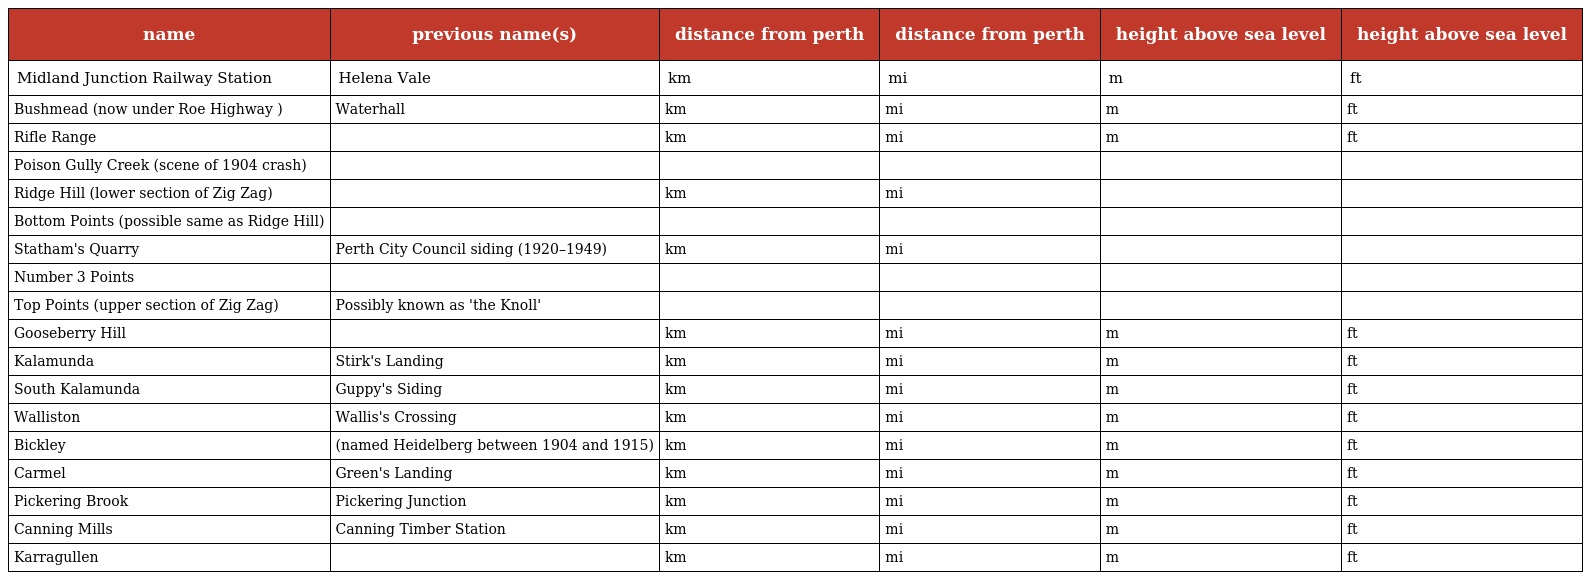
| name | previous name(s) | distance from perth | distance from perth | height above sea level | height above sea level |
 | --- | --- | --- | --- | --- | --- |
 | Midland Junction Railway Station | Helena Vale | km | mi | m | ft |
 | Bushmead (now under Roe Highway ) | Waterhall | km | mi | m | ft |
 | Rifle Range |  | km | mi | m | ft |
 | Poison Gully Creek (scene of 1904 crash) |  |  |  |  |  |
 | Ridge Hill (lower section of Zig Zag) |  | km | mi |  |  |
 | Bottom Points (possible same as Ridge Hill) |  |  |  |  |  |
 | Statham's Quarry | Perth City Council siding (1920–1949) | km | mi |  |  |
 | Number 3 Points |  |  |  |  |  |
 | Top Points (upper section of Zig Zag) | Possibly known as 'the Knoll' |  |  |  |  |
 | Gooseberry Hill |  | km | mi | m | ft |
 | Kalamunda | Stirk's Landing | km | mi | m | ft |
 | South Kalamunda | Guppy's Siding | km | mi | m | ft |
 | Walliston | Wallis's Crossing | km | mi | m | ft |
 | Bickley | (named Heidelberg between 1904 and 1915) | km | mi | m | ft |
 | Carmel | Green's Landing | km | mi | m | ft |
 | Pickering Brook | Pickering Junction | km | mi | m | ft |
 | Canning Mills | Canning Timber Station | km | mi | m | ft |
 | Karragullen |  | km | mi | m | ft |